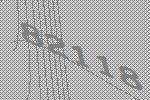
82118